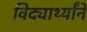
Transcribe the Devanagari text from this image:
विद्यार्थ्यांने